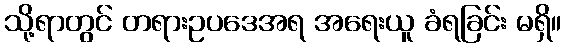
သို့ရာတွင် တရားဥပဒေအရ အရေးယူ ခံရခြင်း မရှိ။